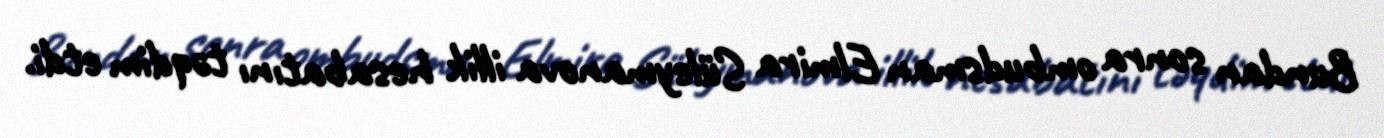
Bundan sonra ombudsman Elmira Süleymanova illik hesabatını təqdim etdi.